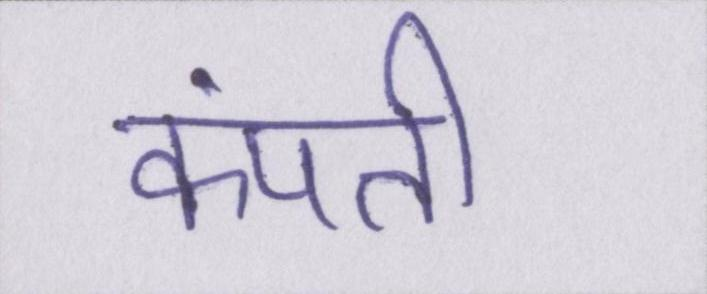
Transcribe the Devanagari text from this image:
कंपती